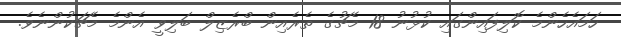
ހަމައެހެންމެ ކޮލިފައިންގައި ކުޅުނު 18 މެޗުގެ ތެރެއިން ބްރެޒިލް ބަލިވީ އެންމެ މެޗަކުންނެވެ.